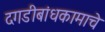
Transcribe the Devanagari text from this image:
दगडीबांधकामाचे